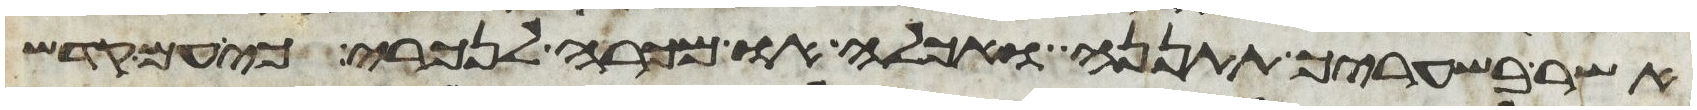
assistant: אשר בשעריך תתננה ואכלה או מכרה לנכרי כי עם קדש